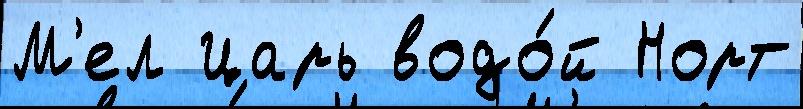
М'ел Царь водо́й Норт